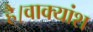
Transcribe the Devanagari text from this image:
है।वाक्यांश